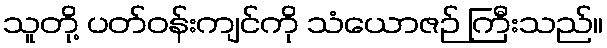
သူတို့ ပတ်ဝန်းကျင်ကို သံယောဇဉ် ကြီးသည်။